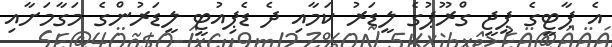
އެ ޕާޓީގެ ޕީޖީ ގްރޫޕުގެ ލީޑަރު ކަމާއި ދެ ޑެޕިއުޓީ ލީޑަރުންގެ މަގާމަށާއި